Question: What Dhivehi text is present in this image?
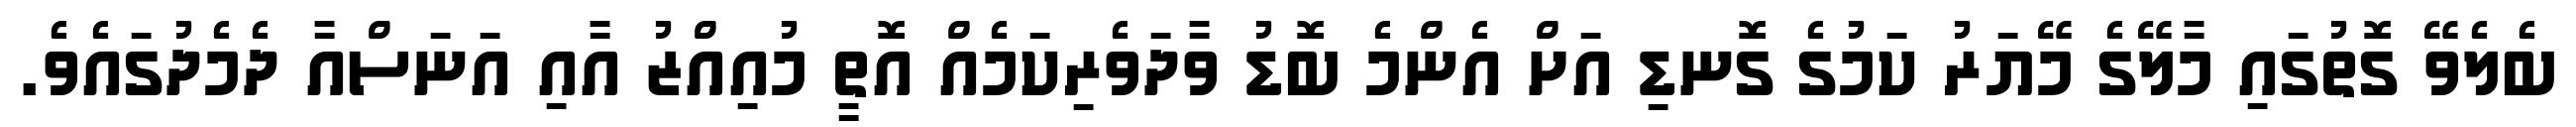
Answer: ބެލެވޭ ގޮތުގައި މާލޭގެ މޭޔަރު ކަމުގެ ގޮނޑި އަށް އެންމެ ބޮޑު ވާދަވެރިކަމެއް އޮތީ މުއިއްޒު އާއި އަނަސްއާ ދެމެދުގައެވެ.